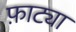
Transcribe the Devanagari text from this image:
फ़ाट्या